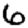
Digit: 6